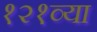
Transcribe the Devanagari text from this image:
१२१व्या